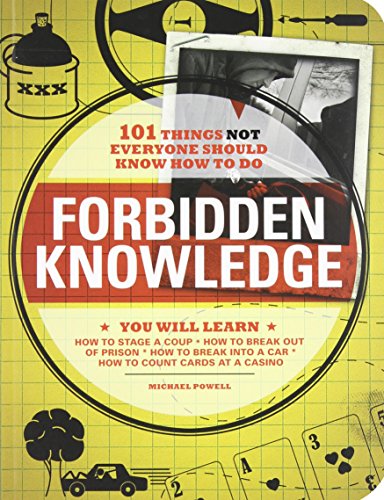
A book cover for Forbidden Knowledge: 101 Things NOT Everyone Should Know How to Do; Michael Powell; Humor & Entertainment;